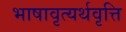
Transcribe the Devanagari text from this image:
भाषावृत्यर्थवृत्ति